Annual vaccination report of Bihar and Orissa - 1911-1928
Year: 1911
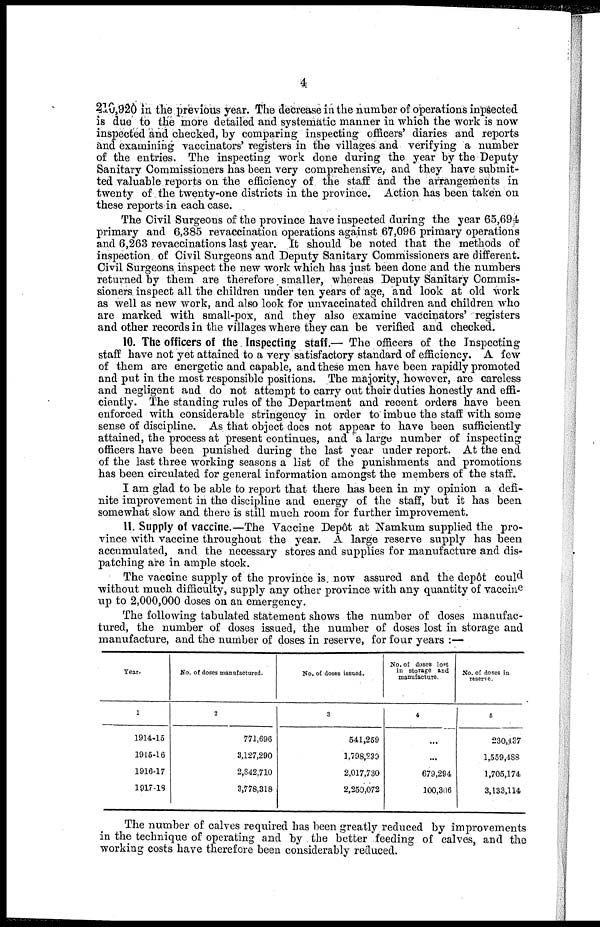
4
210,920 in the previous year. The decrease in the number of operations inpsected
is due to the more detailed and systematic manner in which the work is now
inspected and checked, by comparing inspecting officers' diaries and reports
and examining vaccinators' registers in the villages and verifying a number
of the entries. The inspecting work done during the year by the Deputy
Sanitary Commissioners has been very comprehensive, and they have submit-
ted valuable reports on the efficiency of the staff and the arrangements in
twenty of the twenty-one districts in the province. Action has been taken on
these reports in each case.
The Civil Surgeons of the province have inspected during the year 65,694
primary and 6,385 revaccination operations against 67,096 primary operations
and 6,263 revaccinations last year. It should be noted that the methods of
inspection, of Civil Surgeons and Deputy Sanitary Commissioners are different.
Civil Surgeons inspect the new work which has just been done and the numbers
returned by them are therefore smaller, whereas Deputy Sanitary Commis-
sioners, inspect all the children under ten years of age, and look at old work
as well as new work, and also look for unvaccinated children and children who
are marked with small-pox, and they also examine vaccinators' registers
and other records in the villages where they can be verified and checked.
10. The officers of the Inspecting staff.— The officers of the Inspecting
staff have not yet attained to a very satisfactory standard of efficiency. A few
of them are energetic and capable, and these men have been rapidly promoted
and put in the most responsible positions. The majority, however, are careless
and negligent and do not attempt to carry out their duties honestly and effi-
ciently. The standing rules of the Department and recent orders have been
enforced with considerable stringency in order to imbue the staff with some
sense of discipline. As that object does not appear to have been sufficiently
attained, the process at present continues, and a large number of inspecting
officers have been punished during the last year under report. At the end
of the last three working seasons a list of the punishments and promotions
has been circulated for general information amongst the members of the staff.
I am glad to be able to report that there has been in my opinion a defi-
nite improvement in the discipline and energy of the staff, but it has been
somewhat slow and there is still much room for further improvement.
11. Supply of vaccine.—The Vaccine Depôt at Namkum supplied the pro-
vince with vaccine throughout the year. A large reserve supply has been
accumulated, and the necessary stores and supplies for manufacture and dis-
patching are in ample stock.
The vaccine supply of the province is. now assured and the depôt could
without much difficulty, supply any other province with any quantity of vaccine
up to 2,000,000 doses on an emergency.
The following tabulated statement shows the number of doses manufac-
tured, the number of doses issued, the number of doses lost in storage and
manufacture, and the number of doses in reserve, for four years :—
Year.
1
1914-15
1915-16
1916-17
1917-18
No. of doses manufactured.
2
771,696
3,127,290
2,842,710
3,778,318
No. of doses issued.
3
541,259
1,798,239
2,017,730
2,250,072
No. of doses lost
in storage and
manufacture.
4
...
...
679,294
100,306
No. of doses in
reserve.
5
230,437
1,559,488
1,705,174
3,133,114
The number of calves required has been greatly reduced by improvements
in the technique of operating and by the better feeding of calves, and the
working costs have therefore been considerably reduced.